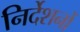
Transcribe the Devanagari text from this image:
निर्देशनों